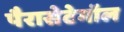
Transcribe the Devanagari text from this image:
पैरासेटेमॉल